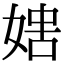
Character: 𡞐